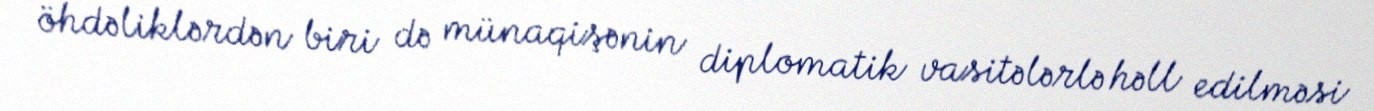
öhdəliklərdən biri də münaqişənin diplomatik vasitələrlə həll edilməsi